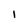
Character: 1